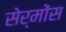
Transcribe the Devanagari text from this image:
सेर्मोंस